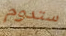
ستدوم